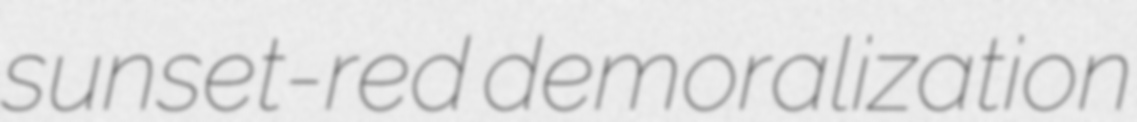
sunset-red demoralization